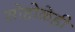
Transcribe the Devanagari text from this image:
सोहोळेही